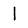
Digit: 1